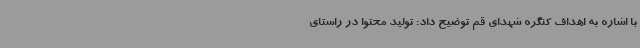
با اشاره به اهداف کنگره شهدای قم توضیح داد: تولید محتوا در راستای